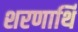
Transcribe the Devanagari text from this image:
शरणार्थि